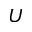
U